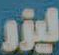
ليزر